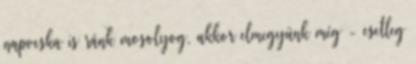
napocska is ránk mosolyog, akkor elmegyünk még - esetleg